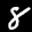
Label: 8